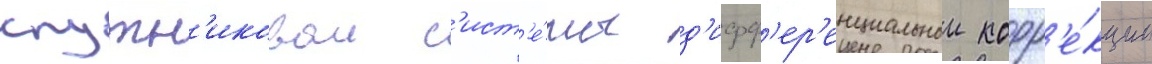
спутн'иковои с'ист'е́мы д'ифф'ер'енциальнои корр'е́кции